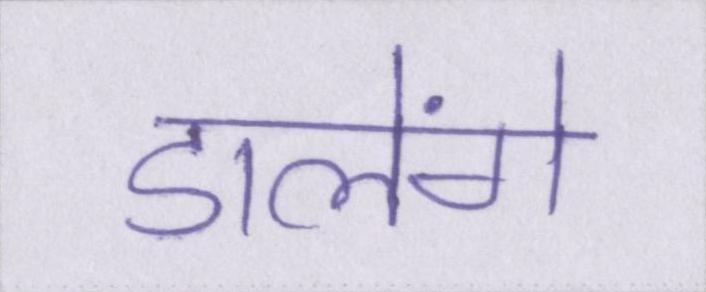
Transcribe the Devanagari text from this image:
डालेंगे